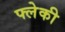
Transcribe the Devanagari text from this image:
फ्लेकी